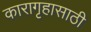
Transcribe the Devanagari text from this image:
कारागृहासाठी